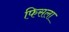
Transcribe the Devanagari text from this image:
फिसला